Lunatic asylums in Bengal annual reports 1899-1911 - 1899-1911
Year: 1899
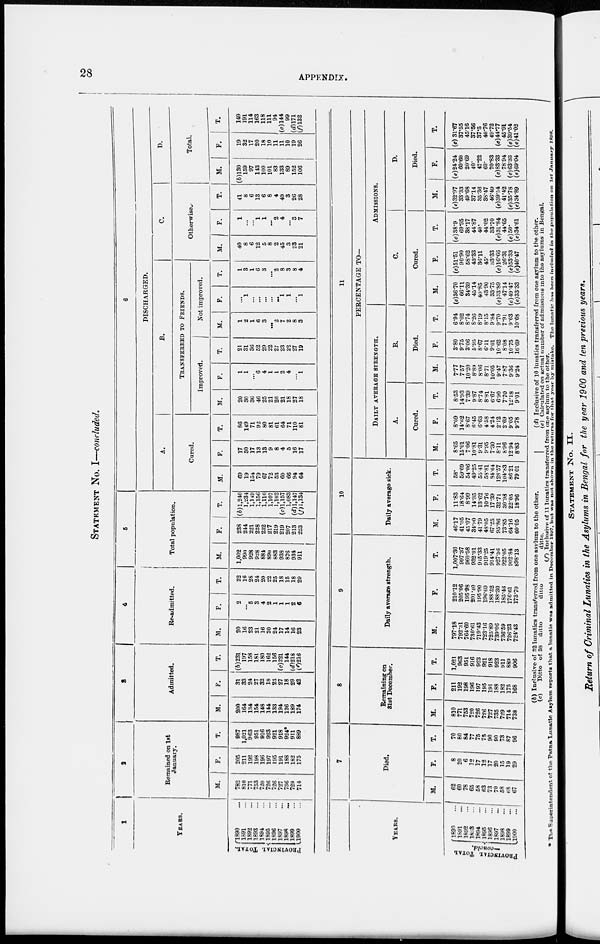
28
APPENDIX.
STATEMENT NO. I—concluded.
1
YEARS.
PROVINCIAL TOTAL.
1890 ...
1891 ...
1892 ...
1893 ...
1894 ...
1895 ...
1896 ...
1897 ...
1898
...
1899 ...
1900 ...
2
Remained on 1st
January.
M.
782
810
771
753
720
726
726
727
736
729
714
F.
205
211
192
198
196
197
195
191
188
182
175
T.
987
1,021
963
951
916
923
921
918
924*
911
889
3
Admitted.
M.
200
164
134
154
148
144
133
194
126
189
174
F.
31
33
24
27
32
18
23
27
18
29
42
T.
(b)231
197
158
181
180
162
156
(c)221
144
(d)218
(f)216
4
Re-admitted.
M.
20
16
23
21
16
20
24
17
14
16
23
F.
2
...
5
3
4
2
1
1
1
2
6
T.
22
16
28
24
20
22
25
18
15
18
29
5
Total population.
M.
1,002
990
928
928
881
890
883
938
876
934
911
F.
238
244
221
228
232
217
219
219
207
213
223
T.
(b)1,240
1,234
1,149
1,156
1,116
1,107
1,102
(c)l,157
1,083
(d) 1,147
(f) 1,134
6
DISCHARGED.
A.
Cured.
M.
69
19
154
79
67
72
53
60
66
94
64
F.
17
30
17
13
13
9
8
4
5
16
17
T.
86
149
71
92
80
81
61
64
71
110
81
B.
TRANSFERRED TO FRIENDS.
Improved.
M.
20
30
36
46
25
21
26
21
18
27
18
F.
1
1
...
6
4
1
1
2
4
...
1
T.
21
31
36
52
29
22
27
23
22
27
19
Not improved.
M.
1
2
1
6
3
...
2
7
2
8
3
F.
...
1
...
...
...
...
...
1
1
...
1
T.
1
3
1
6
3
...
2
8
3
8
4
C.
Otherwise.
M.
40
8
6
12
5
8
2
45
3
23
21
F.
1
...
...
1
1
...
2
4
...
3
7
T.
41
8
6
13
6
8
4
49
3
26
28
D.
Total.
M.
(b)130
159
97
143
100
101
83
133
89
152
106
F.
19
32
17
20
18
10
11
11
10
19
26
T.
149
191
114
163
118
111
94
(c)144
99
(d)17l
(f) 132
YEARS.
PROVINCIAL TOTAL
—concld.
1890 ...
1891
...
1892 ...
1893 ...
1894 ...
1895 ...
1896 ...
1897 ...
1898 ...
1899 ...
1900 ...
7
Died.
M.
62
60
78
65
58
63
73
70
58
68
67
F.
8
20
6
12
17 12
17
20
15
19
29
T.
70
80
84
77
75
75
90
90
73
87
96
8
Remaining on
31st December.
M.
810
771
753
720
726
726
727
735
729
714
738
F.
211
192
198
196
197
195
191
188
182
175
168
T.
1,021
963
951
916
923
921
918
923
911
889
906
9
Daily average strength.
M.
797.18
792.31
764.60
730.61
719.43
723.16
725.89
739.06
736.59
726.23
724.43
F.
210.12
205.06
195.98
201.40
195.90
196.09
188.52
188.30
185.46
176.61
173.70
T.
1,007.30
997.37
960.58
932.01
915.33
919.25
914.41
927.36
922.05
902.84
898.13
10
Daily average sick.
M.
46.17
41.05
45.07
34.90
41.79
48.05
67.25
95.86
73.85
64.16
60.05
F.
11.83
18.64
8.99
14.35
13.62
10.76
17.39
32.71
30.98
22.05
18.96
T.
58.
59.69
54.06
49.25
55.41
58.81
84.64
128.57
104.83
86.21
79.01
11
PERCENTAGE TO—
DAILY AVERAGE STRENGTH.
A.
Cured.
M.
8.65
15.01
7.06
10.81
9.31
9.95
7.30
8.11
8.96
12.94
8.83
F.
8.09
14.62
8.67
6.45
6.63
4.58
4.24
2.12
2.69
9.05
9.78
T.
8.53
14.93
7.39
9.87
8.74
8.81
6.67
6.90
7.70
12.18
9.01
B.
Died.
M.
7.77
7.57
10.20
8.89
8.06
8.71
10.05
9.47
7.87
9.36
9.24
F.
3.80
9.75
3.06
5.95
8.67
6.11
9.01
10.62
8.08
10.75
16.69
T.
6.94
8.02
8.74
8.26
8.19
8.15
9.84
9.70
7.91
9.63
10.68
ADMISSIONS.
C.
Cured.
M.
(e)36.70
66.11
34.39
45.14
40.85
43.90
33.75
(e)33.89
47.14
(e)49.47
(e)33.33
F.
(e)51.51
90.90
58.62
43.33
36.11
45.
33.33
(e)16.66
26.31
(e)53.33
(e)40.47
T.
(e)38.9
69.95
38.17
44.87
40.
44.02
33.70
(e)31.84
44.65
(e)50.
(e)34.61
D.
Died.
M.
(e)32.97
33.33
49.68
37.14
35.36
38.47
46.49
(e)39.54
41.42
(e)35.78
(e)34.89
F.
(e)24.24
60.60
20.69
40.
47.22
60.
70.83
(e)83.33
78.94
(e)63.33
(e)69.04
T.
(e) 31.67
37.55
45.16
37.56
37.5
40.76
49.72
(e)44.77
45.91
(e)39.54
(e)41.02
(b) Inclusive of 32 lunatics transferred from one asylum to the other.
(c)
Ditto of 38 ditto
ditto
ditto.
(d) Inclusive of 10 lunatics transferred from one asylum to the other.
(e) Calculated on actual number of admissions into the asylums in Bengal.
(f) Inclusive of 11 lunatics transferred from one asylum to the other.
* The Superintendent of the Patna Lunatic Asylum reports that a lunatic was admitted in December 1897, but was not shown in the returns for that year by mistake. The lunatic has been included in the population on 1st January 1898.